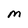
Character: M